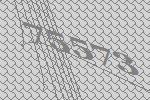
75573